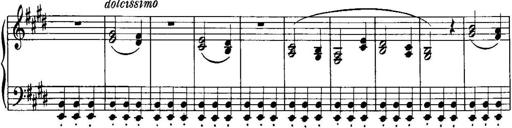
Title: Piano Sonatina No.1, Op.146
Composer: Stephen Heller